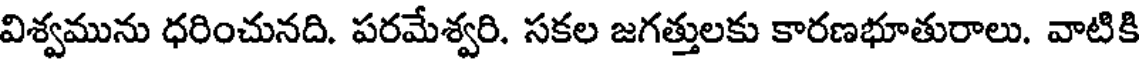
విశ్వమును ధరించునది. పరమేశ్వరి. సకల జగత్తులకు కారణభూతురాలు. వాటికి